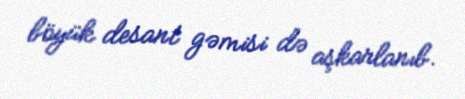
böyük desant gəmisi də aşkarlanıb.